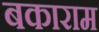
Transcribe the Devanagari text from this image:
बकाराम